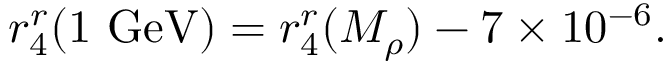
r _ { 4 } ^ { r } ( 1 \mathrm { ~ G e V } ) = r _ { 4 } ^ { r } ( M _ { \rho } ) - 7 \times 1 0 ^ { - 6 } .